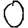
Digit: 0